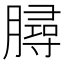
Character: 𦠅